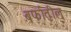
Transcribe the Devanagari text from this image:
बर्फातील